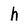
Character: h